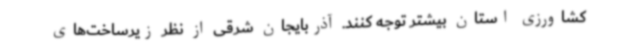
کشاورزی استان بیشتر توجه کنند. آذربایجان‌ شرقی از نظر زیرساخت‌های